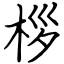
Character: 桚